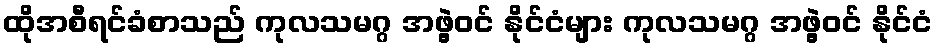
ထိုအစီရင်ခံစာသည် ကုလသမဂ္ဂ အဖွဲ့ဝင် နိုင်ငံများ ကုလသမဂ္ဂ အဖွဲ့ဝင် နိုင်ငံ